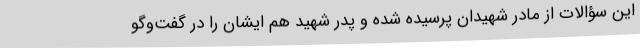
این سؤالات از مادر شهیدان پرسیده شده و پدر شهید هم ایشان را در گفت‌وگو